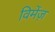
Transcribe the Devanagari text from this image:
विमेंज़